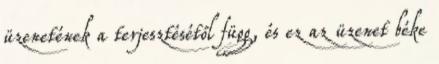
üzenetének a terjesztésétől függ, és ez az üzenet béke